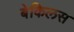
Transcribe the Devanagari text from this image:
बेकिलस